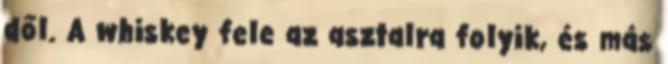
dől. A whiskey fele az asztalra folyik, és más